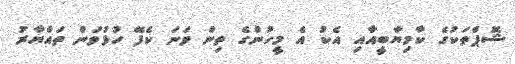
ޝޮޕްތަކުގެ ކާމިޔާބީއާއި އެކު އެ މީހުންގެ ތިން ވަނަ ކެފޭ ހުޅުވަން ތައްޔާރު